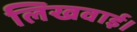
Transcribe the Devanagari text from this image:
लिखवाई।